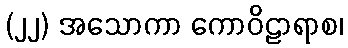
(၂၂) အသောကာ ကောဝိဠာရာစ၊